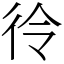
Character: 彾